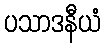
ပသာဒနီယံ